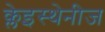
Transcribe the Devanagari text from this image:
क्लेइस्थेनीज